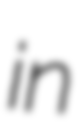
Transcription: in